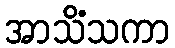
အာသိံသကာ